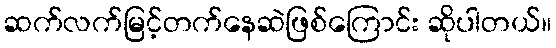
ဆက်လက်မြင့်တက်နေဆဲဖြစ်ကြောင်း ဆိုပါတယ်။